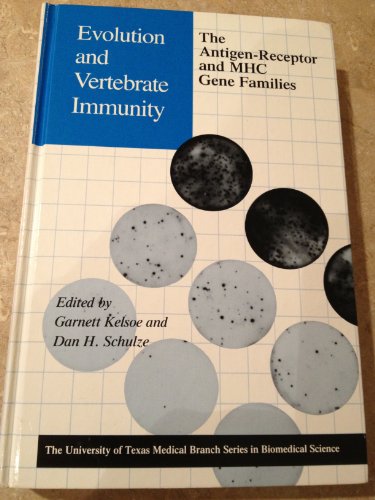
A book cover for Evolution and Vertebrate Immunity: The Antigen-Receptor and Mhc Gene Families (University of Texas Medical Branch Series in Biomedical Science); Garnett Kelsoe; Medical Books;